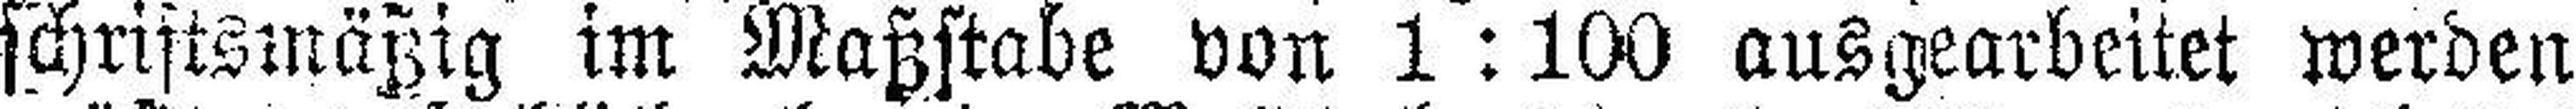
schriftsmäßig im Maßstabe von 1:100 ausgearbeitet werden